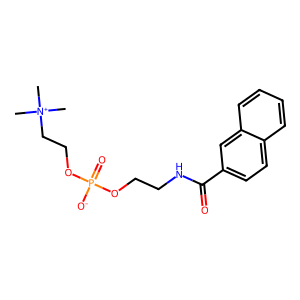
SMILES: C[N+](C)(C)CCOP(=O)([O-])OCCNC(=O)c1ccc2ccccc2c1
Inhibits HIV replication: No